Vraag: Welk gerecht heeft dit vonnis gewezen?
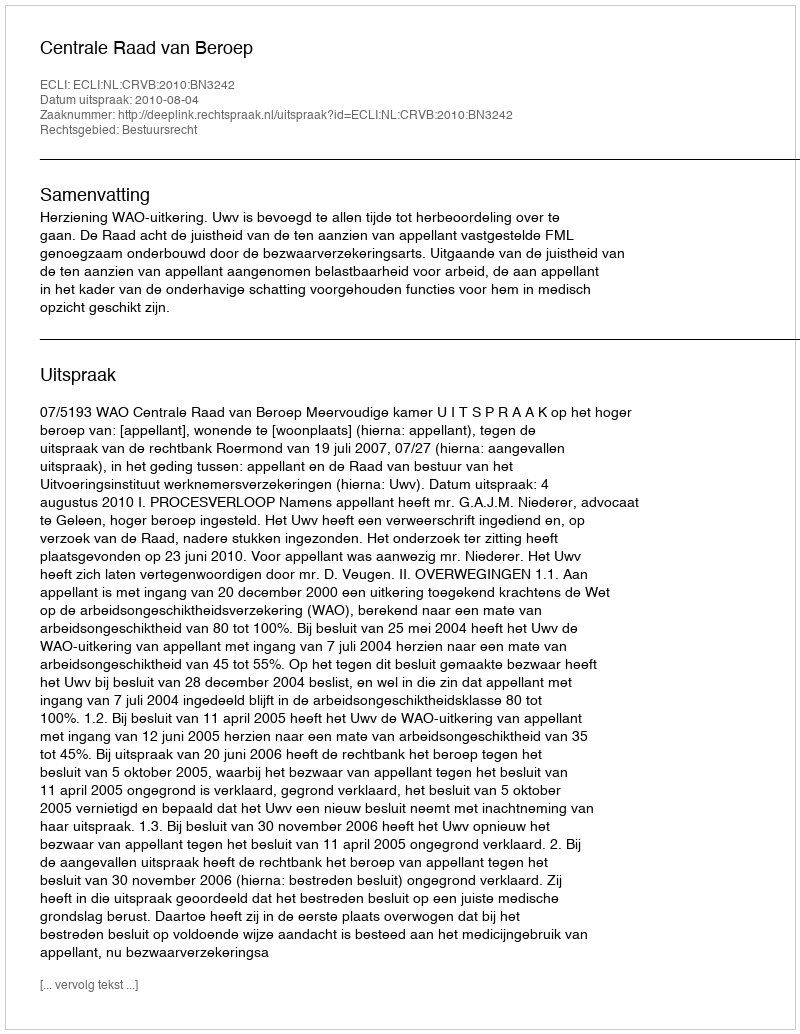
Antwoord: Centrale Raad van Beroep